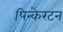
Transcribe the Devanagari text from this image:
पिन्केरटन